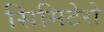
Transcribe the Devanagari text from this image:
सिमिटेरो